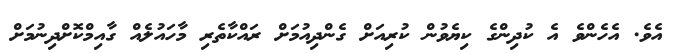
އެވެ. އެހެންވެ އެ ކުދިންގެ ކިޔެވުން ކުރިއަށް ގެންދިއުމަށް ރައްކާތެރި މާހައުލެއް ގާއިމްކޮށްދިނުމަށް